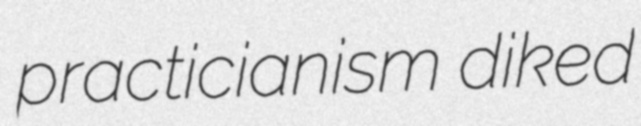
practicianism diked